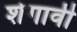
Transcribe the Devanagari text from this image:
शेगावी